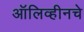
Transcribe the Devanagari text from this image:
ऑलिव्हीनचे